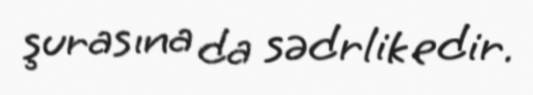
şurasına da sədrlik edir.